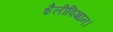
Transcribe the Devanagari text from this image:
शैलीविज्ञान।